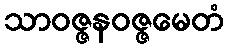
သာဝဇ္ဇနဝဇ္ဇမေတံ